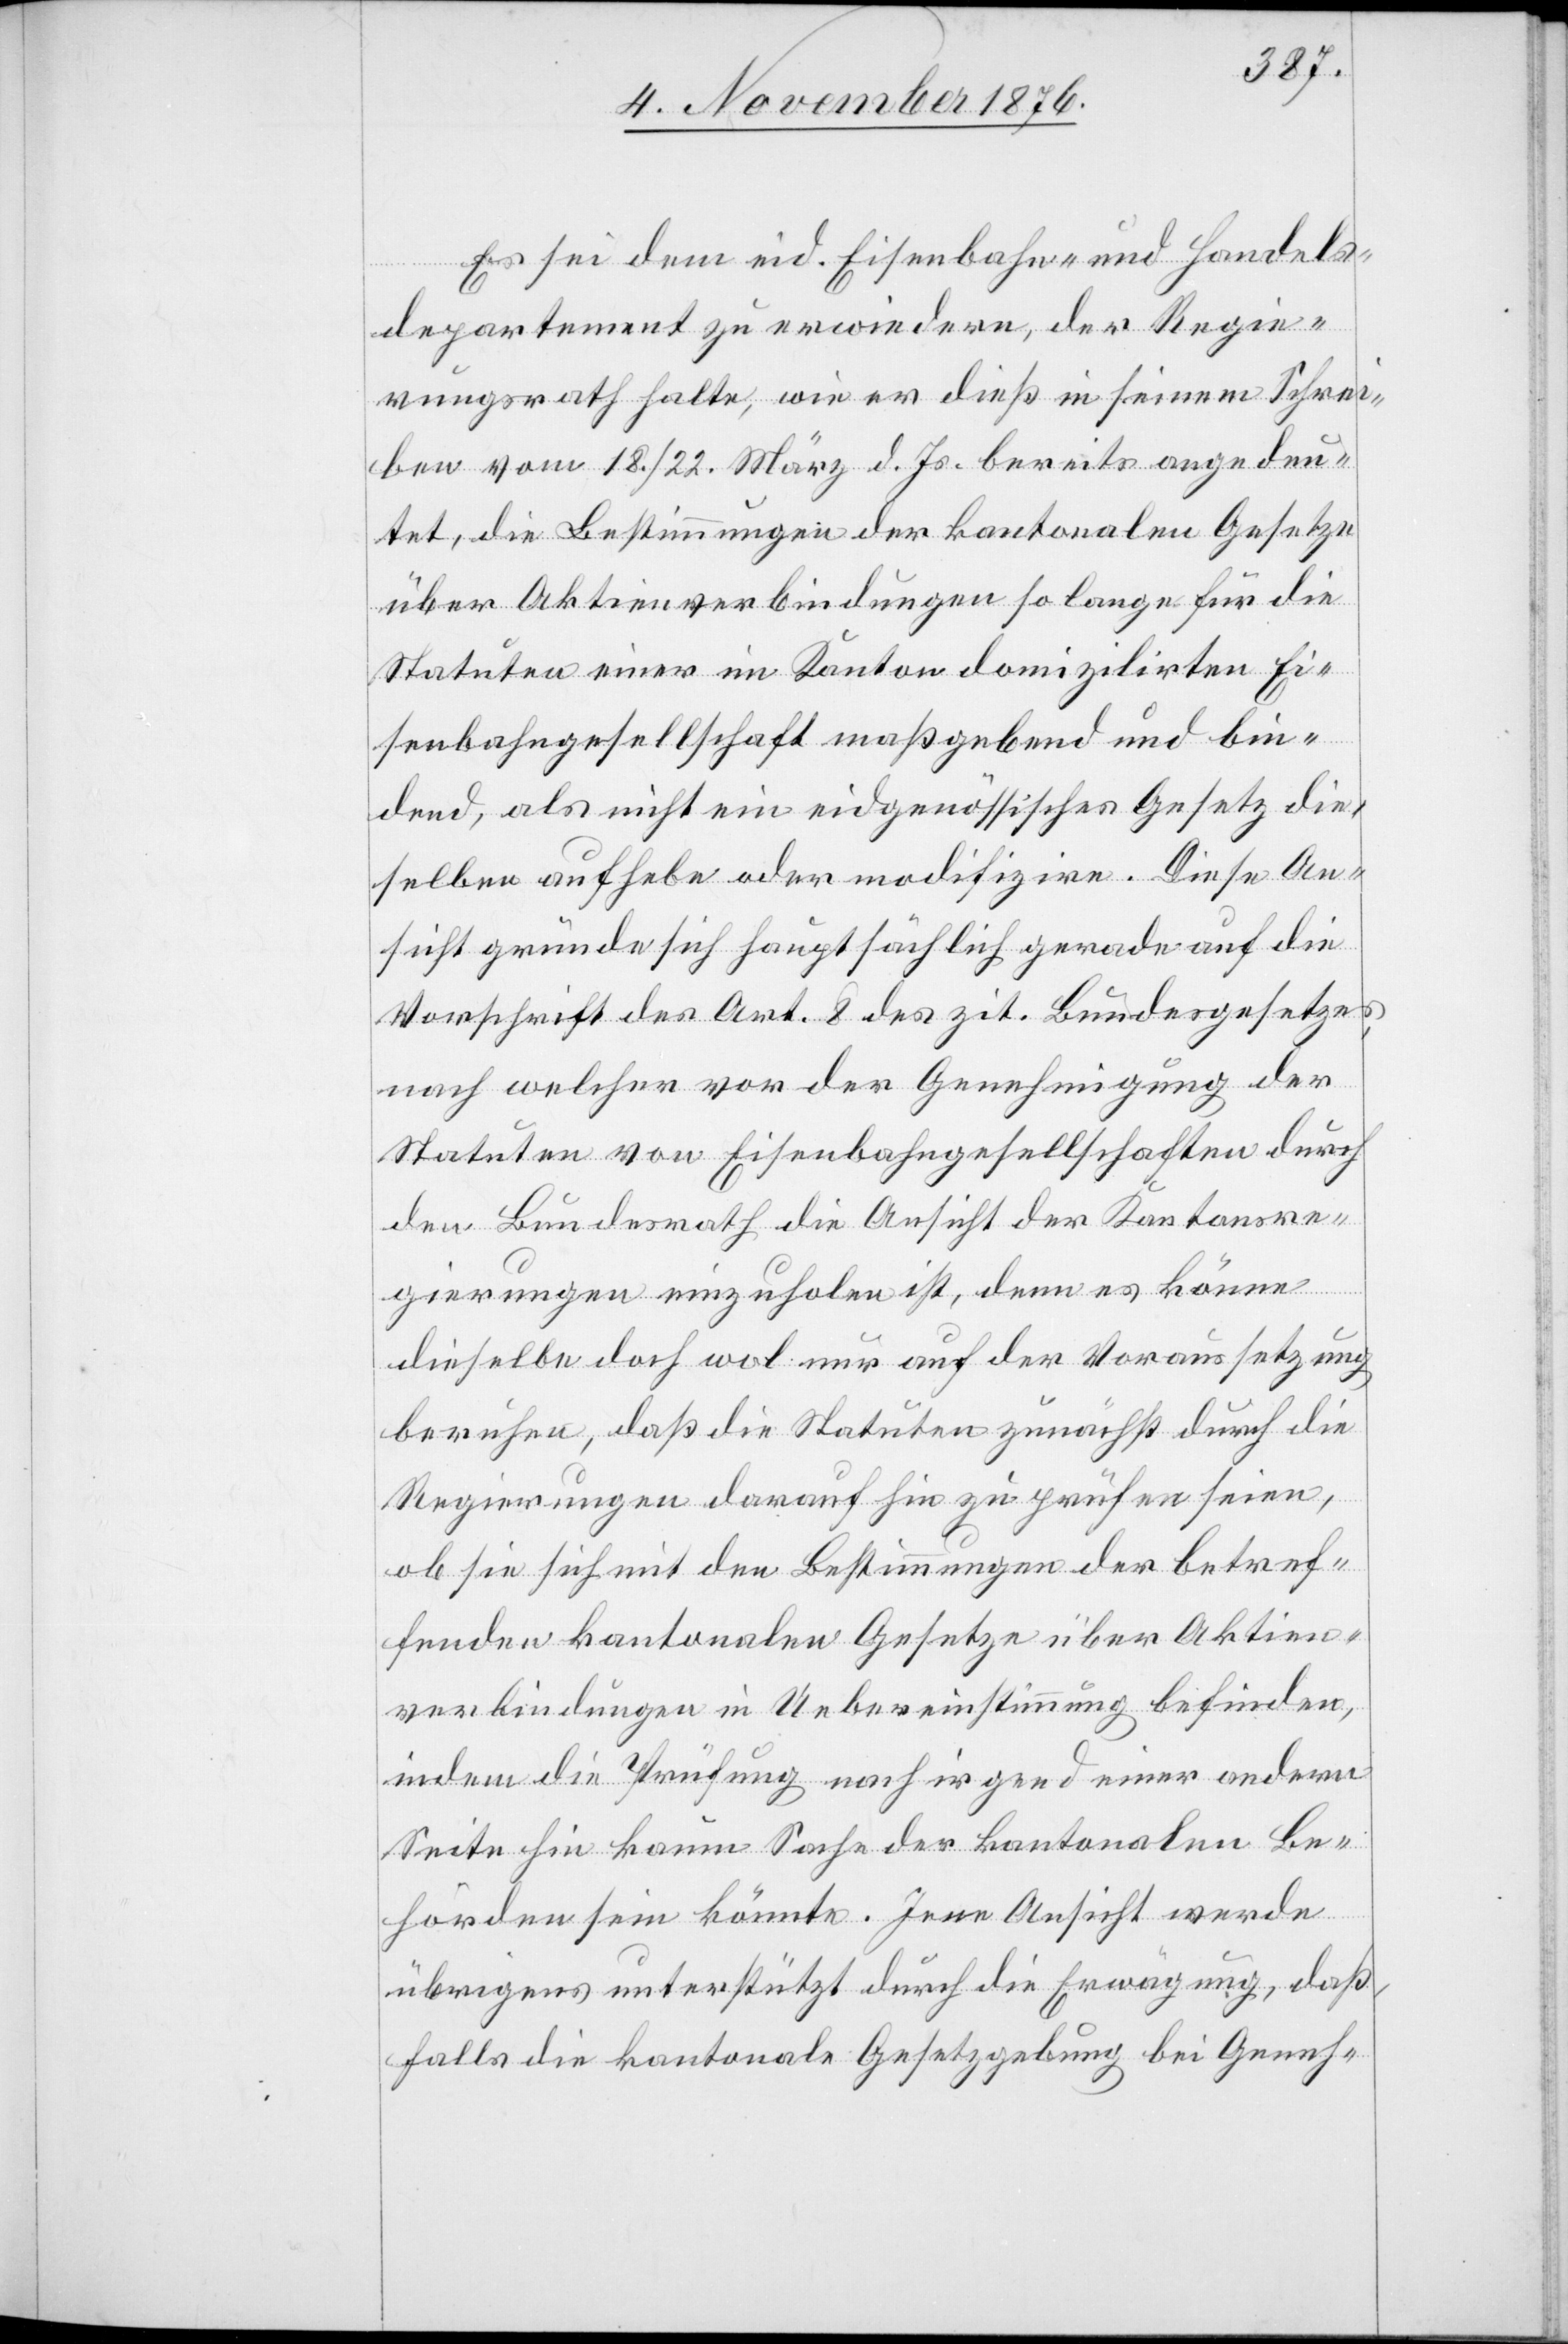
Es sei dem eid. Eisenbahn- und Handels¬
departement zu erwiedern, der Regie¬
rungsrath halte, wie er dieß in seinem Schrei¬
ben vom 18./22. März d. Js. bereits angedeu¬
tet, die Bestimmungen der kantonalen Gesetze
über Aktienverbindungen so lange für die
Statuten einer im Kanton domizilirten Ei¬
senbahngesellschaft maßgebend und bin¬
dend, als nicht ein eidgenössisches Gesetz die¬
selben aufhebe oder modifizire. Diese An¬
sicht gründe sich hauptsächlich gerade auf die
Vorschrift des Art. 8 des zit. Bundesgesetzes
nach welcher vor der Genehmigung der
Statuten von Eisenbahngesellschaften durch
den Bundesrath die Ansicht der Kantonsre¬
gierungen einzuholen ist, denn es könne
dieselbe doch wol nur auf der Voraussetzung
beruhen, daß die Statuten zunächst durch die
Regierungen darauf hin zu prüfen seien,
ob sie sich mit den Bestimmungen der betref¬
fenden kantonalen Gesetze über Aktien¬
verbindungen in Uebereinstimmung befinden,
indem die Prüfung nach irgend einer andern
Seite hin kaum Sache der kantonalen Be¬
hörden sein könnte. Jene Ansicht werde
übrigens unterstützt durch die Erwägung, daß,
falls die kantonale Gesetzgebung bei Geneh-